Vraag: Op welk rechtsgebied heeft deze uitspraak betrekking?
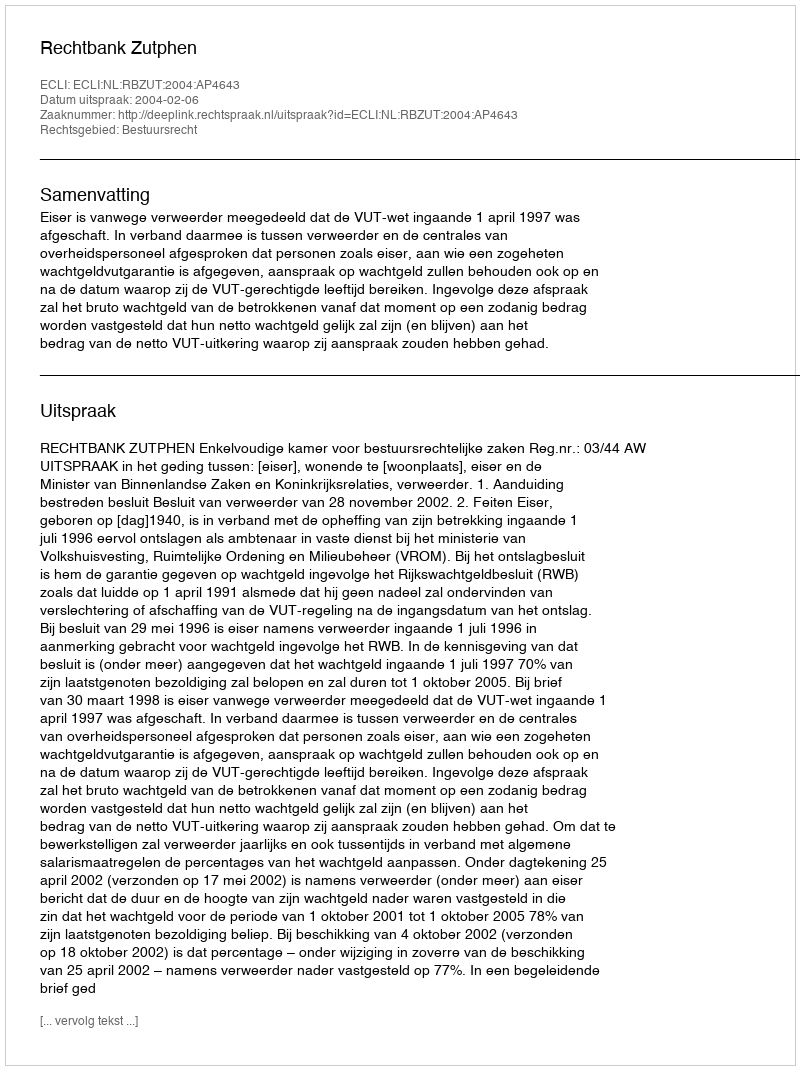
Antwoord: Bestuursrecht